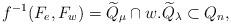
LaTeX: \begin{align*}f^{-1}(F_e,F_w) = \widetilde{Q}_\mu\cap w.\widetilde{Q}_\lambda \subset Q_n,\end{align*}